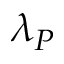
\lambda _ { P }